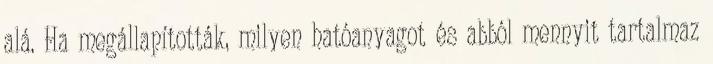
alá. Ha megállapították, milyen hatóanyagot és abból mennyit tartalmaz